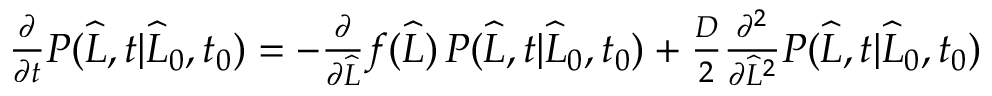
\begin{array} { r } { \frac { \partial } { \partial t } P ( \widehat { L } , t | \widehat { L } _ { 0 } , t _ { 0 } ) = - \frac { \partial } { \partial \widehat { L } } f ( \widehat { L } ) \, P ( \widehat { L } , t | \widehat { L } _ { 0 } , t _ { 0 } ) + \frac { D } { 2 } \frac { \partial ^ { 2 } } { \partial \widehat { L } ^ { 2 } } P ( \widehat { L } , t | \widehat { L } _ { 0 } , t _ { 0 } ) } \end{array}